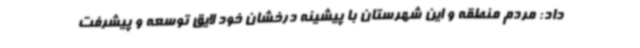
داد: مردم منطقه و این شهرستان با پیشینه درخشان خود لایق توسعه و پیشرفت